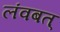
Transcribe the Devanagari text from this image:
लंवबत्‌